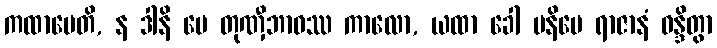
ကထာပေတိ, န ဒါနိ မေ တုဏှီဘာဝဿ ကာလော, ယထာ ခေါ ပနိမေ ရာဇာနံ ဝန္ဒိတွာ